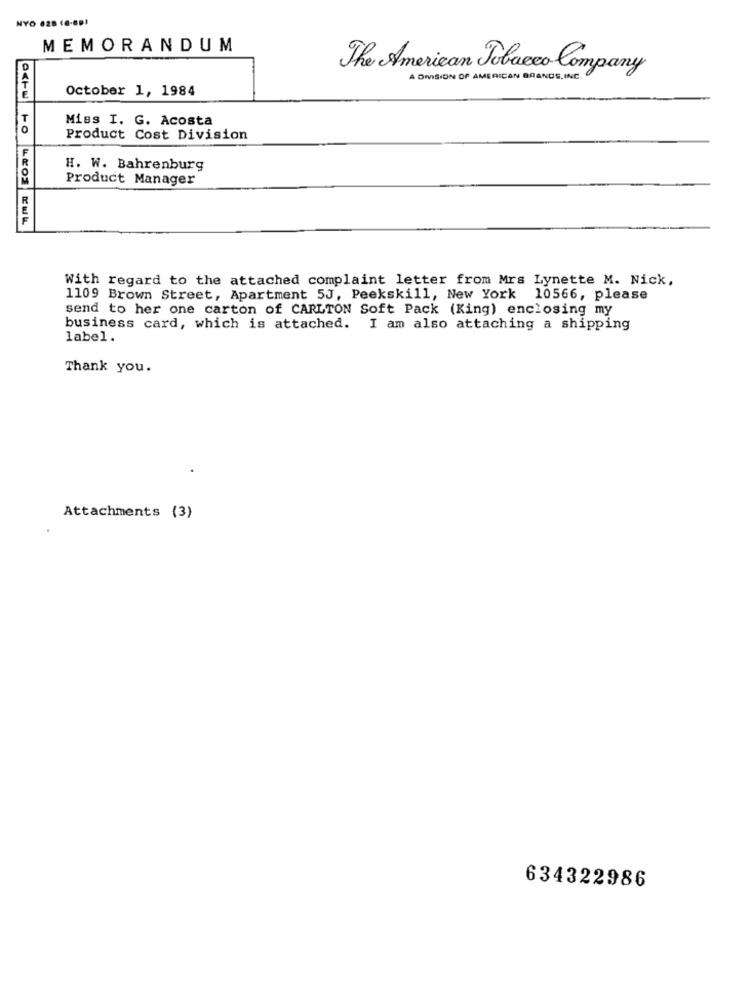
NYO 628 18-691
MEMORANDUM
The American Tobacco Company
A DIVISION OF AMERICAN BRANDS, INC.
October 1, 1984
Miss I. G. Acosta
Product Cost Division
H. W. Bahrenburg
Product Manager
With regard to the attached complaint letter from Mrs Lynette M. Nick,
1109 Brown Street, Apartment 5J, Peekskill, New York 10566, please
send to her one carton of CARLTON Soft Pack (King) enclosing my
business card, which is attached. I am also attaching a shipping
label.
Thank you.
Attachments (3)
634322986